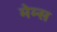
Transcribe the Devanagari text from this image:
मेम्स